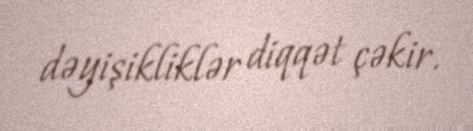
dəyişikliklər diqqət çəkir.